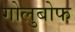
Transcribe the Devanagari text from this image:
गोलुबोफ